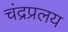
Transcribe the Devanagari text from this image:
चंद्रप्रलय